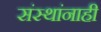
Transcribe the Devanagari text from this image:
संस्थांनाही